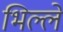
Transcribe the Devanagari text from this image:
भिल्ले